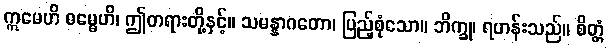
ဣမေဟိ ဓမ္မေဟိ၊ ဤတရားတို့နှင့်။ သမန္နာဂတော၊ ပြည့်စုံသော။ ဘိက္ခု၊ ရဟန်းသည်။ စိတ္တံ